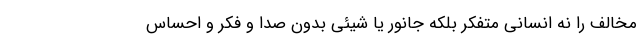
مخالف را نه انسانی متفکر بلکه جانور یا شیئی بدون صدا و فکر و احساس